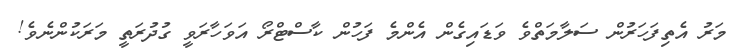
މަރު އެތިފަހަރުން ސަލާމަތްވެ ވަޑައިގެން އެންމެ ފަހުން ކާސްޓްރޯ އަވަހާރަވީ ގުދުރަތީ މަރަކުންނެވެ!